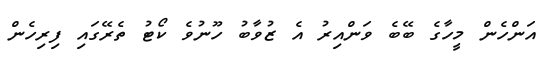
އަންހެން މީހާގެ ބޭބެ ވަންއިރު އެ ޒުވާބު ހޫނުވެ ކޯޓު ތެރޭގައި ފިރިހެން